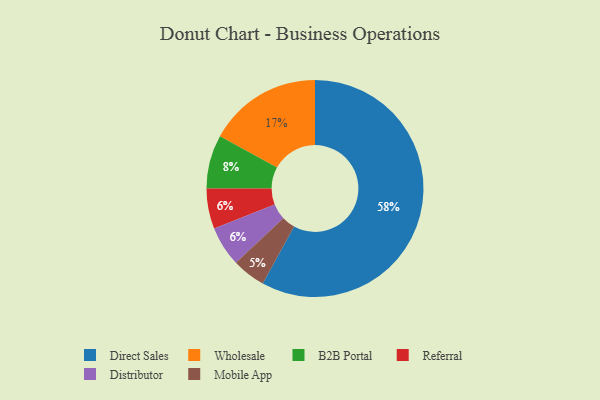
{"axis": {"x": "Category", "y": "Percentage"}, "legend": ["B2B Portal", "Direct Sales", "Distributor", "Mobile App", "Referral", "Wholesale"], "data": [{"x": "Wholesale", "y": 17, "type": "Wholesale"}, {"x": "Referral", "y": 6, "type": "Referral"}, {"x": "B2B Portal", "y": 8, "type": "B2B Portal"}, {"x": "Mobile App", "y": 5, "type": "Mobile App"}, {"x": "Distributor", "y": 6, "type": "Distributor"}, {"x": "Direct Sales", "y": 58, "type": "Direct Sales"}]}